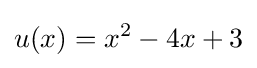
u(x)=x^{2}-4x+3